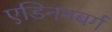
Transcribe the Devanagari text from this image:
एडिनगबर्ग